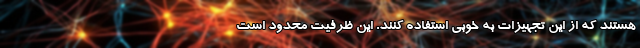
هستند که از این تجهیزات به خوبی استفاده کنند. این ظرفیت محدود است